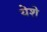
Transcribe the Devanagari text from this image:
येशे